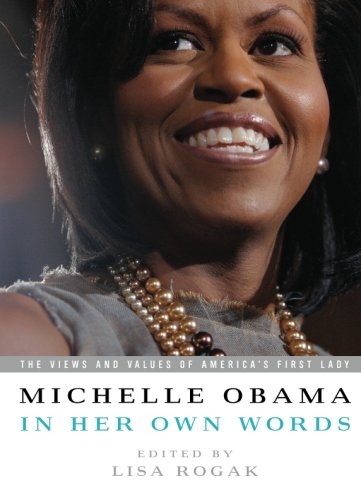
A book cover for Michelle Obama in her Own Words: The Views and Values of America's First Lady; Michelle Obama; Law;